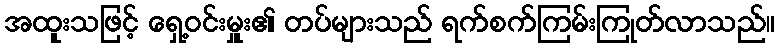
အထူးသဖြင့် ရှေ့ဝင်းမှူး၏ တပ်များသည် ရက်စက်ကြမ်းကြုတ်လာသည်။